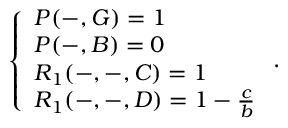
\left\{ \begin{array} { l l } { P ( - , G ) = 1 } \\ { P ( - , B ) = 0 } \\ { R _ { 1 } ( - , - , C ) = 1 } \\ { R _ { 1 } ( - , - , D ) = 1 - \frac { c } { b } } \end{array} \right. .